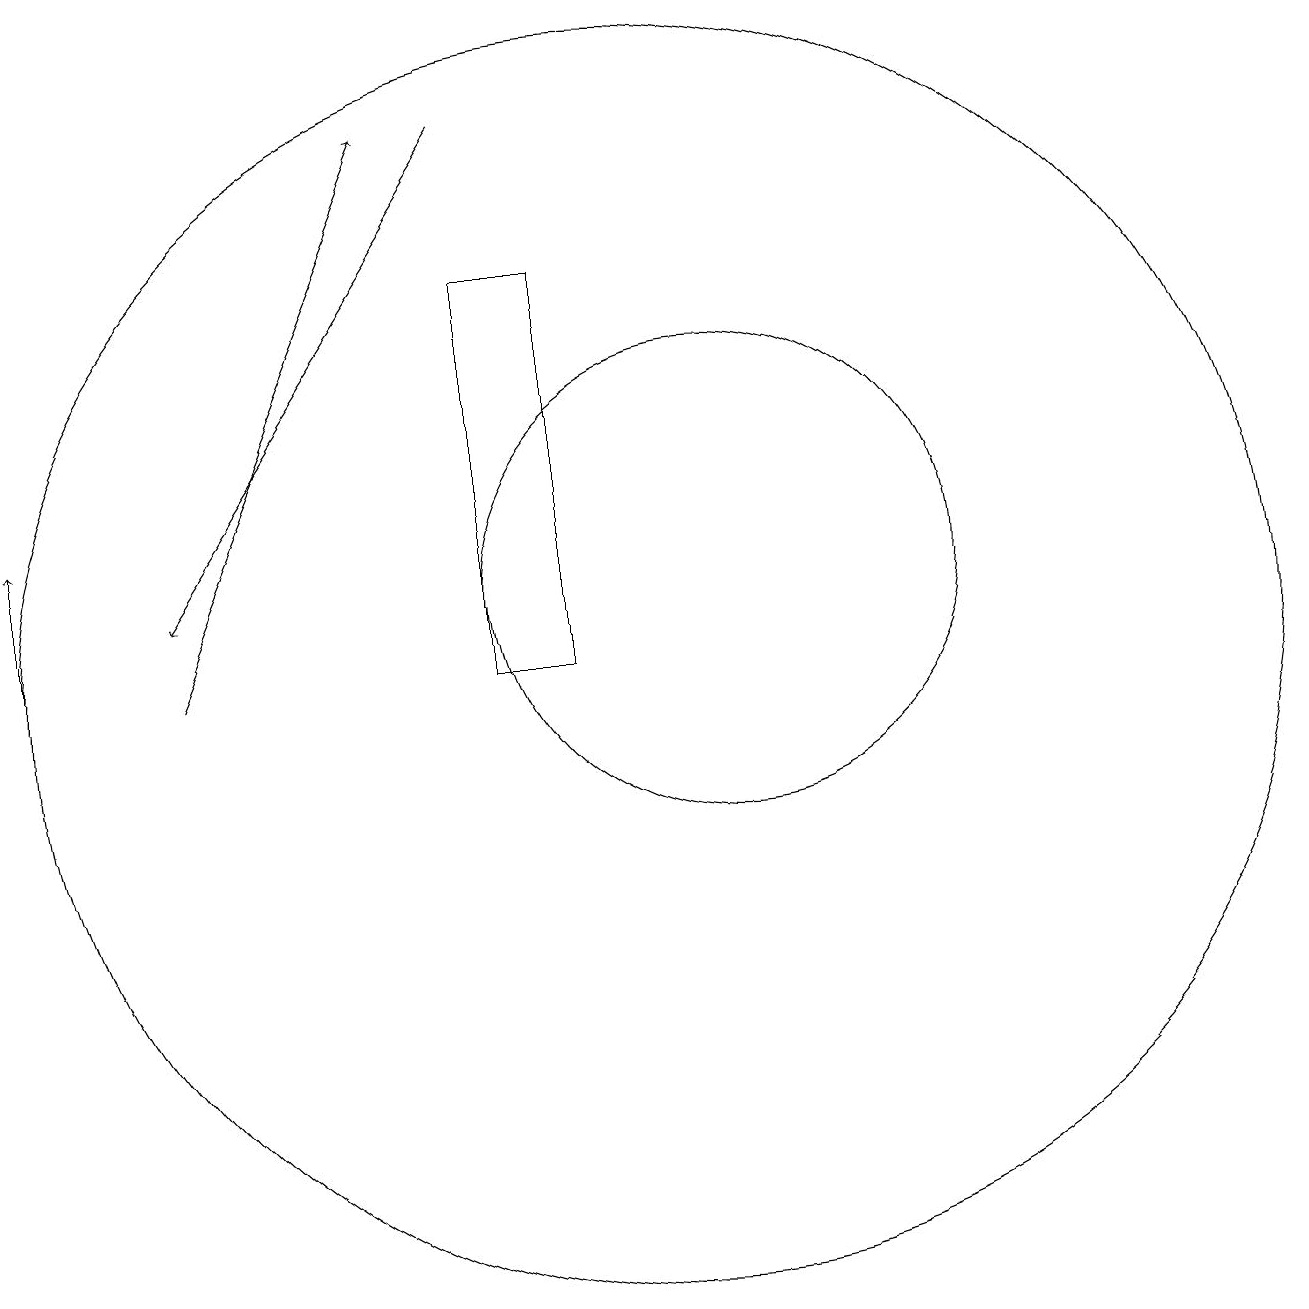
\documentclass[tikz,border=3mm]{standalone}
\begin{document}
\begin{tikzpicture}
\draw[->] (8,18) -- (4,12);
\draw (10,11) circle (8);
\draw[->] (4,11) -- (7,18);
\draw (8,16) rectangle (9,11);
\draw (11,12) circle (3);
\draw[->] (2,11) -- (2,13);
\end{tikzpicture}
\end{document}